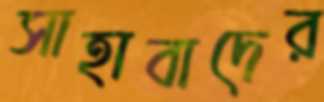
সাহাবাদের